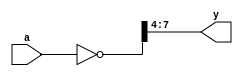

// test cases found using vloghammer
// https://github.com/YosysHQ/VlogHammer

module test01(a, y);
  input [7:0] a;
  output [3:0] y;
  assign y = ~a >> 4;
endmodule

module test02(a, y);
  input signed [3:0] a;
  output signed [4:0] y;
  assign y = (~a) >> 1;
endmodule

module test03(a, b, y);
  input [2:0] a;
  input signed [1:0] b;
  output y;
  assign y = ~(a >>> 1) == b;
endmodule

module test04(a, y);
  input a;
  output [1:0] y;
  assign y = ~(a - 1'b0);
endmodule

// .. this test triggers a bug in Xilinx ISIM.
// module test05(a, y);
//   input a;
//   output y;
//   assign y = 12345 >> {a, 32'd0};
// endmodule

// .. this test triggers a bug in Icarus Verilog.
// module test06(a, b, c, y);
//   input signed [3:0] a;
//   input signed [1:0] b;
//   input signed [1:0] c;
//   output [5:0] y;
//   assign y = (a >> b) >>> c;
// endmodule

module test07(a, b, y);
  input signed [1:0] a;
  input signed [2:0] b;
  output y;
  assign y = 2'b11 != a+b;
endmodule

module test08(a, b, y);
  input [1:0] a;
  input [1:0] b;
  output y;
  assign y = a == ($signed(b) >>> 1);
endmodule

module test09(a, b, c, y);
  input a;
  input signed [1:0] b;
  input signed [2:0] c;
  output [3:0] y;
  assign y = a ? b : c;
endmodule

module test10(a, b, c, y);
  input a;
  input signed [1:0] b;
  input signed [2:0] c;
  output y;
  assign y = ^(a ? b : c);
endmodule

// module test11(a, b, y);
//   input signed [3:0] a;
//   input signed [3:0] b;
//   output signed [5:0] y;
//   assign y = -(5'd27);
// endmodule